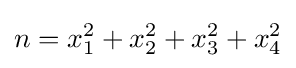
n=x_{1}^{2}+x_{2}^{2}+x_{3}^{2}+x_{4}^{2}